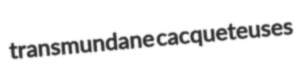
transmundane cacqueteuses